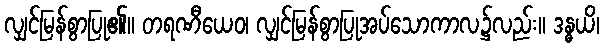
လျှင်မြန်စွာပြု၏။ တရဏီယေဝ၊ လျှင်မြန်စွာပြုအပ်သောကာလ၌လည်း။ ဒန္ဓယိ၊